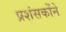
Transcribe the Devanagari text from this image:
प्रशंसकोंने